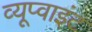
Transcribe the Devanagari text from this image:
व्यूप्वाइंट